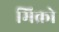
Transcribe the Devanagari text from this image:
मिक्रो